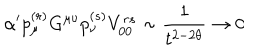
\alpha ^ { \prime } p _ { \mu } ^ { ( r ) } G ^ { \mu \nu } p _ { \nu } ^ { ( s ) } V _ { 0 0 } ^ { r s } \sim { \frac { 1 } { t ^ { 2 - 2 \theta } } } \to 0